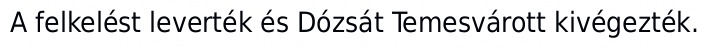
A felkelést leverték és Dózsát Temesvárott kivégezték.